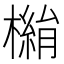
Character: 𣚓